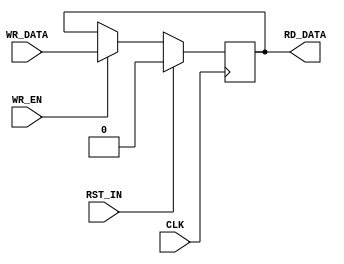
// ----------------------------------------------------------------------
// Copyright (c) 2016, The Regents of the University of California All
// rights reserved.
// 
// Redistribution and use in source and binary forms, with or without
// modification, are permitted provided that the following conditions are
// met:
// 
//     * Redistributions of source code must retain the above copyright
//       notice, this list of conditions and the following disclaimer.
// 
//     * Redistributions in binary form must reproduce the above
//       copyright notice, this list of conditions and the following
//       disclaimer in the documentation and/or other materials provided
//       with the distribution.
// 
//     * Neither the name of The Regents of the University of California
//       nor the names of its contributors may be used to endorse or
//       promote products derived from this software without specific
//       prior written permission.
// 
// THIS SOFTWARE IS PROVIDED BY THE COPYRIGHT HOLDERS AND CONTRIBUTORS
// "AS IS" AND ANY EXPRESS OR IMPLIED WARRANTIES, INCLUDING, BUT NOT
// LIMITED TO, THE IMPLIED WARRANTIES OF MERCHANTABILITY AND FITNESS FOR
// A PARTICULAR PURPOSE ARE DISCLAIMED. IN NO EVENT SHALL REGENTS OF THE
// UNIVERSITY OF CALIFORNIA BE LIABLE FOR ANY DIRECT, INDIRECT,
// INCIDENTAL, SPECIAL, EXEMPLARY, OR CONSEQUENTIAL DAMAGES (INCLUDING,
// BUT NOT LIMITED TO, PROCUREMENT OF SUBSTITUTE GOODS OR SERVICES; LOSS
// OF USE, DATA, OR PROFITS; OR BUSINESS INTERRUPTION) HOWEVER CAUSED AND
// ON ANY THEORY OF LIABILITY, WHETHER IN CONTRACT, STRICT LIABILITY, OR
// TORT (INCLUDING NEGLIGENCE OR OTHERWISE) ARISING IN ANY WAY OUT OF THE
// USE OF THIS SOFTWARE, EVEN IF ADVISED OF THE POSSIBILITY OF SUCH
// DAMAGE.
// ----------------------------------------------------------------------
//----------------------------------------------------------------------------
// Version:				1.00
// Verilog Standard:	Verilog-2001
// Description:         A simple parameterized register
//-----------------------------------------------------------------------------
`timescale 1ns/1ns
module register
    #(parameter C_WIDTH = 1,
      parameter C_VALUE = 0
      )
    (input CLK,
     input                RST_IN,
     output [C_WIDTH-1:0] RD_DATA,
     input [C_WIDTH-1:0]  WR_DATA,
     input                WR_EN
     );

    reg [C_WIDTH-1:0]     rData;

    assign RD_DATA = rData;
    always @(posedge CLK) begin
        if(RST_IN) begin
            rData <= C_VALUE;
        end else if(WR_EN) begin
            rData <= WR_DATA;
        end 
    end

endmodule